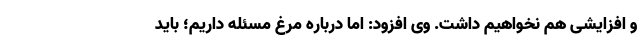
و افزایشی هم نخواهیم داشت. وی افزود: اما درباره مرغ مسئله داریم؛ باید